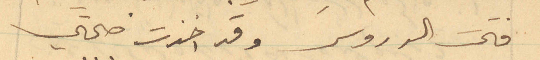
فتحت الدروس وقد اخذت صحتي